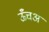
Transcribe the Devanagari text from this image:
ऊँचअ